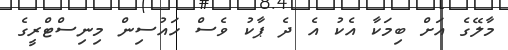
މާލޭގެ އަށް ބިމަކާ އެކު އެ ދެ ޕާކު ވެސް ހައުސިން މިނިސްޓްރީގެ